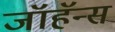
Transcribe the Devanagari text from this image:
जॉहॅन्स